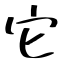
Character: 它